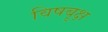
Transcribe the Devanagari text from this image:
विषबृक्ष